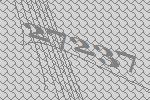
27237